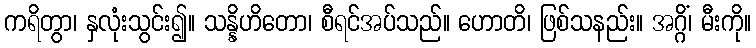
ကရိတွာ၊ နှလုံးသွင်း၍။ သန္နိဟိတော၊ စီရင်အပ်သည်။ ဟောတိ၊ ဖြစ်သနည်း။ အဂ္ဂိံ၊ မီးကို။